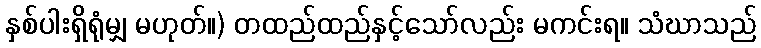
နှစ်ပါးရှိရုံမျှ မဟုတ်။) တထည်ထည်နှင့်သော်လည်း မကင်းရ။ သံဃာသည်